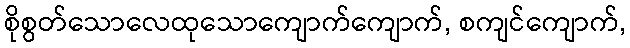
စိုစွတ်သောလေထုသောကျောက်ကျောက်, စကျင်ကျောက်,